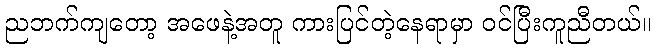
ညဘက်ကျတော့ အဖေနဲ့အတူ ကားပြင်တဲ့နေရာမှာ ဝင်ပြီးကူညီတယ်။